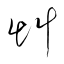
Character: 艸